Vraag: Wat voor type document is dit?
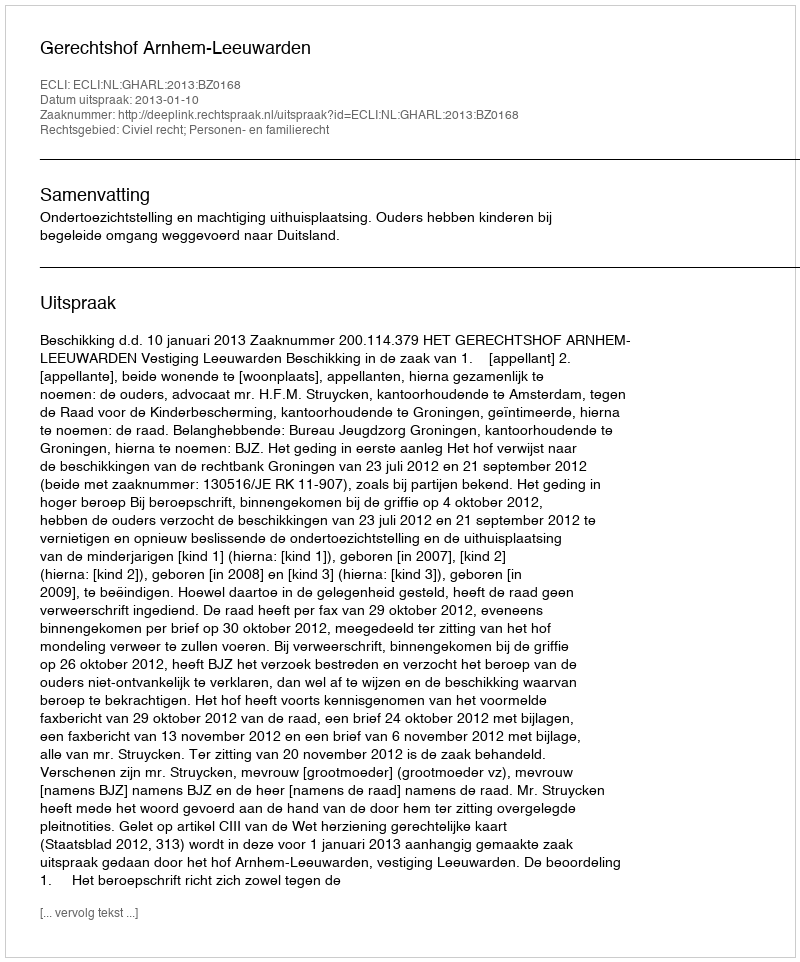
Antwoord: Uitspraak